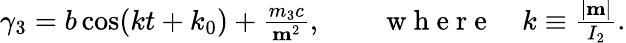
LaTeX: \begin{array}{r}{\gamma_{3}=b\cos(kt+k_{0})+\frac{m_{3}c}{{\mathbf m}^{2}},\qquad\mathrm{~w~h~e~r~e~}\quad k\equiv\frac{|{\mathbf m}|}{I_{2}}.}\end{array}